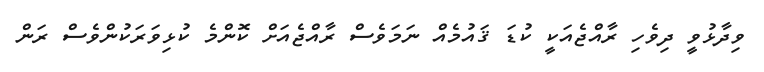
ވިދާޅުވީ ދިވެހި ރާއްޖެއަކީ ކުޑަ ޤައުމެއް ނަމަވެސް ރާއްޖެއަށް ކޮންމެ ކުޅިވަރަކުންވެސް ރަން